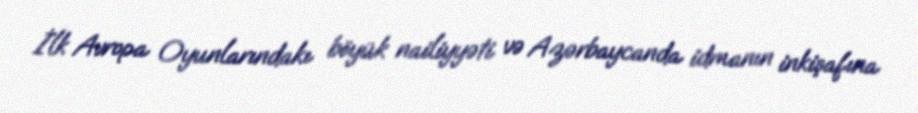
İlk Avropa Oyunlarındakı böyük nailiyyəti və Azərbaycanda idmanın inkişafına